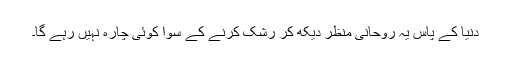
دنیا کے پاس یہ روحانی منظر دیکھ کر رشک کرنے کے سوا کوئی چارہ نہیں رہے گا۔